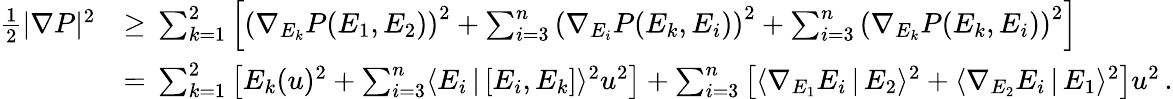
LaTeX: \begin{array}{rl}{\frac{1}{2}|\nabla P|^{2}}&{\geq\, \sum_{k=1}^{2}\left[\left(\nabla_{E_{k}}P(E_{1},E_{2})\right)^{2}+\sum_{i=3}^{n}\left(\nabla_{E_{i}}P(E_{k},E_{i})\right)^{2}+\sum_{i=3}^{n}\left(\nabla_{E_{k}}P(E_{k},E_{i})\right)^{2}\right]}\\ &{=\, \sum_{k=1}^{2}\left[E_{k}(u)^{2}+\sum_{i=3}^{n}\langle E_{i}\, |\, [E_{i},E_{k}]\rangle^{2}u^{2}\right]+\sum_{i=3}^{n}\left[\langle\nabla_{E_{1}}E_{i}\, |\, E_{2}\rangle^{2}+\langle\nabla_{E_{2}}E_{i}\, |\, E_{1}\rangle^{2}\right]u^{2}\, .}\end{array}